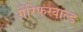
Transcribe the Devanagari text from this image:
गेरिफस्वाल्ड